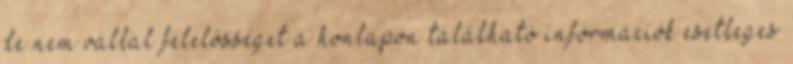
de nem vállal felelősséget a honlapon található információk esetleges